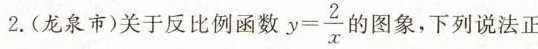
2.(龙泉市)关于反比例函数 $$y = \frac{2}{x}$$ 的图象，下列说法正